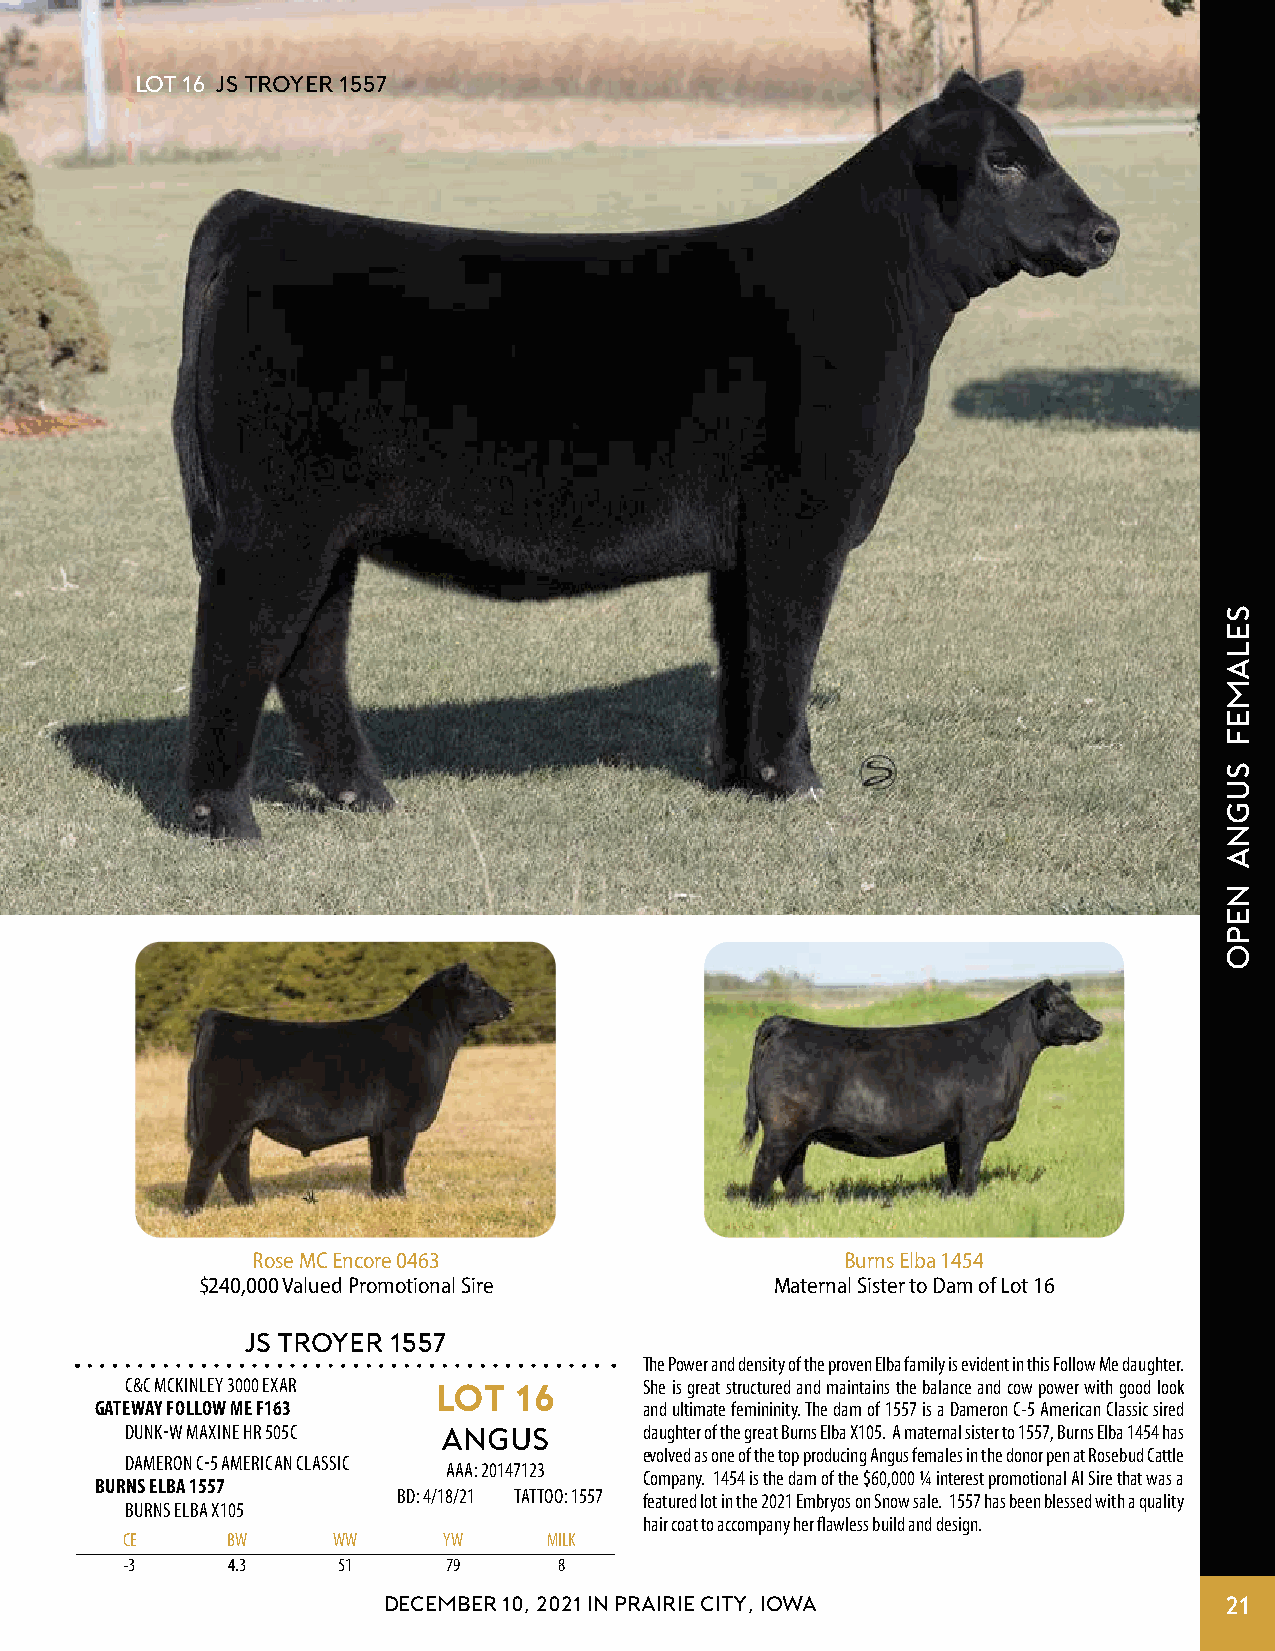
Lot 16 js TROYER 1557
 Rose MC Encore 0463                    Burns Elba 1454
 $240,000 Valued Promotional Sire      Maternal Sister to Dam of Lot 16
 JS TROYER 1557
 The Power and density of the proven Elba family is evident in this Follow Me daughter.
 C&C MCKINLEY 3000 EXAR LOT 16      She is great structured and maintains the balance and cow power with good look
 GATEWAY FOLLOW ME F163               and ultimate femininity. The dam of 1557 is a Dameron C-5 American Classic sired
 DUNK-W MAXINE HR 505C ANGUS        daughter of the great Burns Elba X105. A maternal sister to 1557, Burns Elba 1454 has
 evolved as one of the top producing Angus females in the donor pen at Rosebud Cattle
 DAMERON C-5 AMERICAN CLASSIC
 AAA: 20147123
 Company. 1454 is the dam of the $60,000 ¼ interest promotional AI Sire that was a
 BURNS ELBA 1557
 BD: 4/18/21 TATTOO: 1557 featured lot in the 2021 Embryos on Snow sale. 1557 has been blessed with a quality
 BURNS ELBA X105
 hair coat to accompany her flawless build and design.
 CE     BW     WW     YW     MILK
 -3     4.3    51      79     8
 DECEMBER 10, 2021 IN PRAIRIE CITY, IOWA                 21
 selamef
 sugna
 nepo